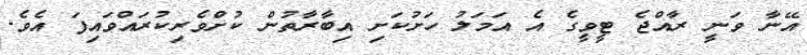
އޭނާ ވަނީ ރާއްޖެ ޓީވީގެ އެ އަމަލު ހަށުކަށި އިބާރާތުން ކުށްވެރިކުރައްވައިފަ އެވެ.